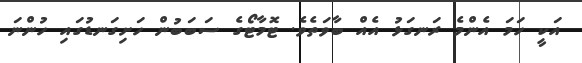
އަކީ ހަމަ އެންމެ ރަނގަޅު އެއް ބާވަތެވެ. ޓޮމާޓޯގެ ސަބަބުން ހަށިގަނޑުގައި ހުންނަ